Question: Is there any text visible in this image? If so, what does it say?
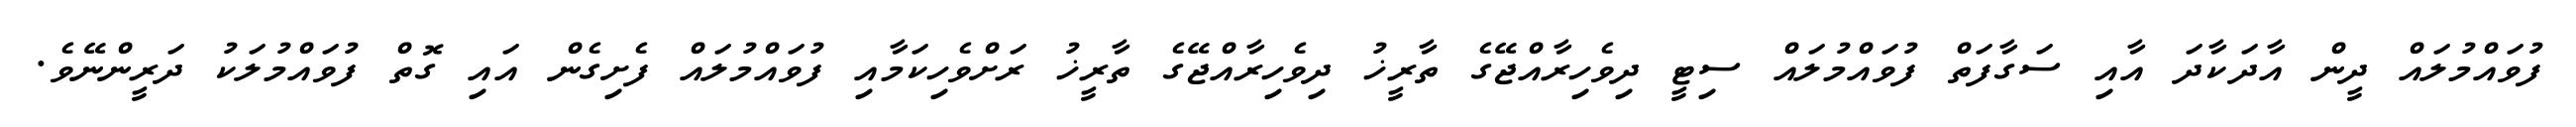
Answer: ފުވައްމުލައް ދީން އާދަކާދަ އާއި ސަގާފަތް ފުވައްމުލައް ސިޓީ ދިވެހިރާއްޖޭގެ ތާރީޚު ދިވެހިރާއްޖޭގެ ތާރީޚު ރަށްވެހިކަމާއި ފުވައްމުލައް ފެށިގެން އައި ގޮތް ފުވައްމުލަކު ދަރީންނޭވެ.